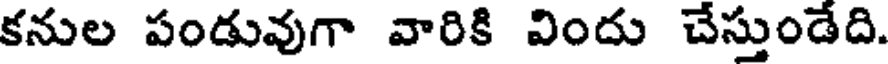
కనుల పండువుగా వారికి విందు చేస్తుండేది.